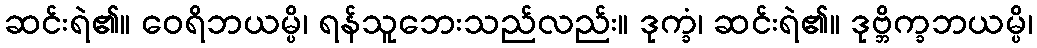
ဆင်းရဲ၏။ ဝေရိဘယမ္ပိ၊ ရန်သူဘေးသည်လည်း။ ဒုက္ခံ၊ ဆင်းရဲ၏။ ဒုဗ္ဘိက္ခဘယမ္ပိ၊